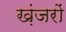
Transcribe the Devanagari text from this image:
ख़ंजरों